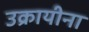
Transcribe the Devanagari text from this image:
उक्रायीना